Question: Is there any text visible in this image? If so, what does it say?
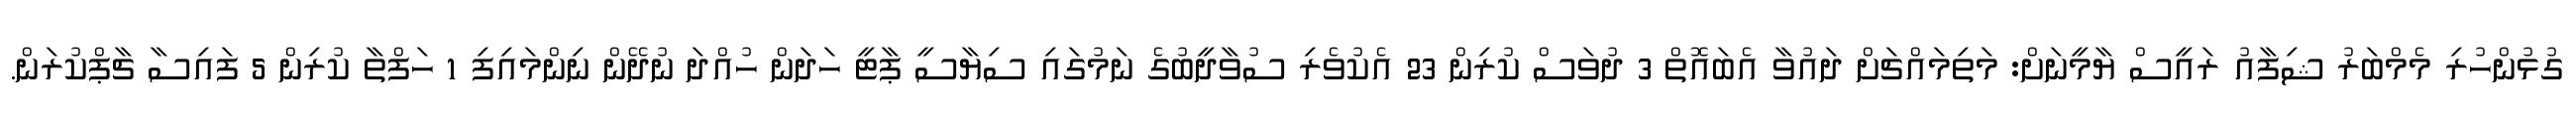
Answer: ގުޅުންހުރި މެމްބަރު ޝިފާއު ރައީސް ޔާމީނަށް: މަތިމައްޗަށް ދައުވާ އެބައޮތް 3 ދުވަސް ކުރިން 23 އެކުވެރި ސުވާދީބުގެ ނަމުގައި ސިޔާސީ ޕާޓީ ހަދަން ހުއްދަ ނުދޭން ނިންމައިފި 1 ހަފްތާ ކުރިން 5 ފައިސާ ޗާޕްކުރަން.